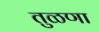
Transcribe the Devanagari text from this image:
तुळणा